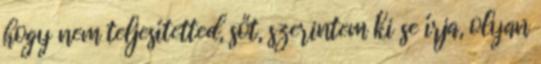
hogy nem teljesítetted, sőt, szerintem ki se írja, olyan